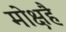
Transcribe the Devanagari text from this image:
मोक्षहै